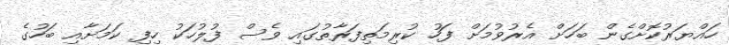
ހައްޔަރުކޮށްގެން ބަހަށް އެރުވުމަށް ފަހު ކުރިމަތިފަރާތުގައި ވެސް ފުލުހަކު ހިފި ކަމަށާއި ބަހުގެ